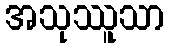
အသုဿူသာ